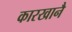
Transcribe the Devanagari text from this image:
कारखानै